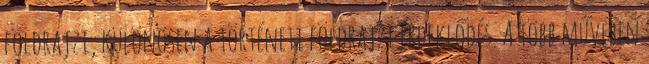
földrajzi, különösen a történeti földrajzi érdeklődés. A több művében